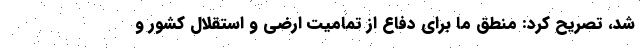
شد، تصریح کرد: منطق ما برای دفاع از تمامیت ارضی و استقلال کشور و